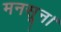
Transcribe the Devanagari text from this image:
मनसून।